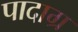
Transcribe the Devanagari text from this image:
पादाग्र